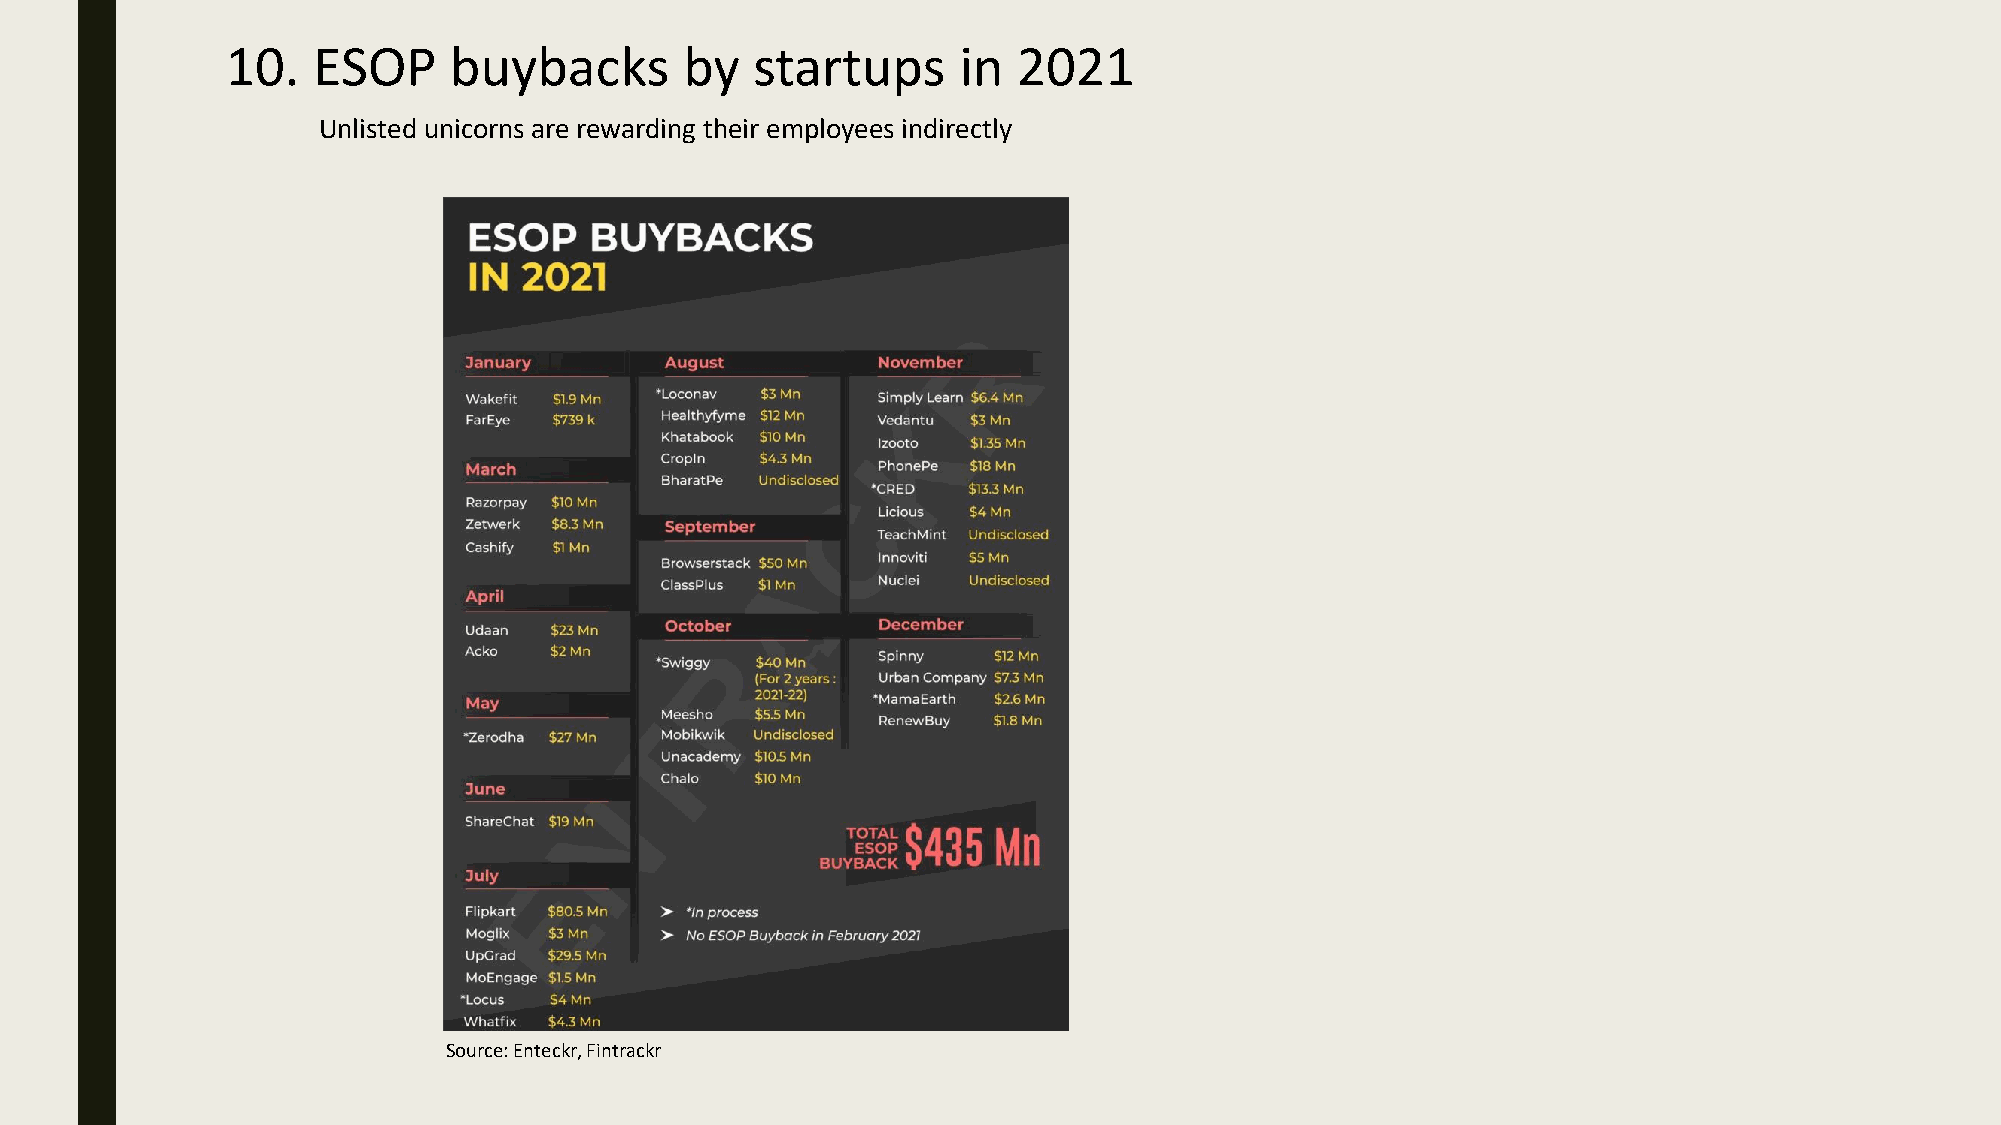
10.   ESOP     buybacks       by   startups     in  2021
 Unlisted unicorns are rewarding their employees indirectly
 Source: Enteckr, Fintrackr